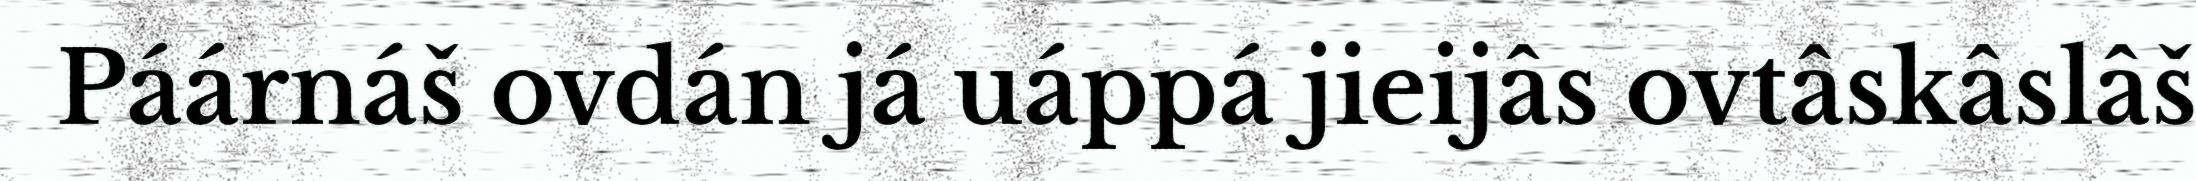
Páárnáš ovdán já uáppá jieijâs ovtâskâslâš